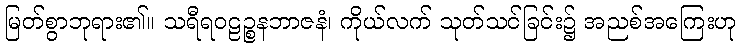
မြတ်စွာဘုရား၏။ သရီရဝဠဉ္စနဘာဇနံ၊ ကိုယ်လက် သုတ်သင်ခြင်း၌ အညစ်အကြေးဟု